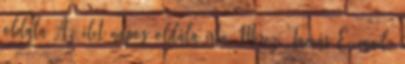
oldala Az élet napos oldala írta Mercz Tamás E-mail: